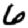
Digit: 6